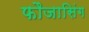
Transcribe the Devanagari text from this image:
फौजासिंग